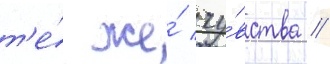
т'е́ же́ чу́вства //